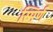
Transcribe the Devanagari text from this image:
स्मिर्ण